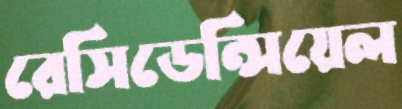
রেসিডেন্সিয়েল